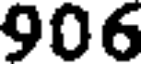
906